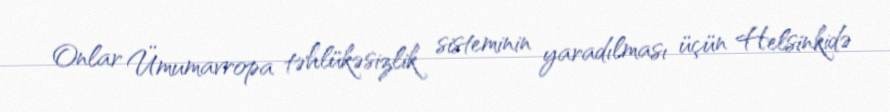
Onlar Ümumavropa təhlükəsizlik sisteminin yaradılması üçün Helsinkidə